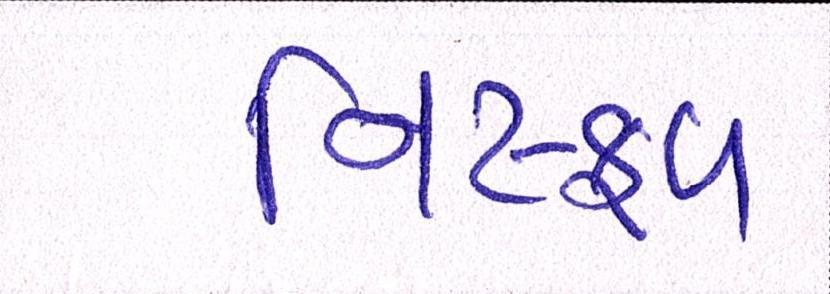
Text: નિષ્ફળ